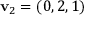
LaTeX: \mathbf { v } _ { 2 } = ( 0 , 2 , 1 )